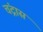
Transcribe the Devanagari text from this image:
चंद्रास